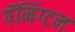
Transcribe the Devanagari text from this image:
पॅनिंग्टन